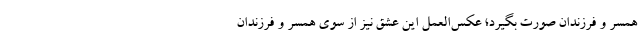
همسر و فرزندان صورت بگیرد؛ عکس‌العمل این عشق نیز از سوی همسر و فرزندان